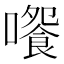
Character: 𡁄